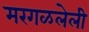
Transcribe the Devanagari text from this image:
मरगळलेली